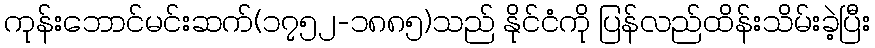
ကုန်းဘောင်မင်းဆက်(၁၇၅၂-၁၈၈၅)သည် နိုင်ငံကို ပြန်လည်ထိန်းသိမ်းခဲ့ပြီး